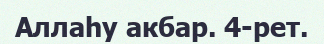
Аллаһу акбар. 4-рет.